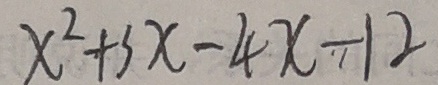
x ^ { 2 } + 3 x - 4 x - 1 2